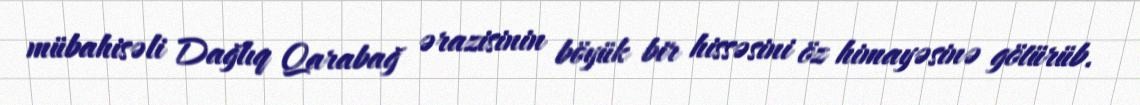
mübahisəli Dağlıq Qarabağ ərazisinin böyük bir hissəsini öz himayəsinə götürüb.